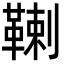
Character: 𩋷